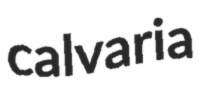
calvaria